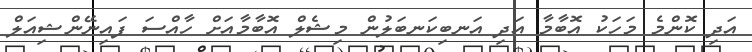
އަދި ކޮންމެ މަހަކު އޮބާމާ އަދި އަނބިކަނބަލުން މިޝެލް އޮބާމާއަށް ހާއްސަ ފައިނޭންޝިއަލް